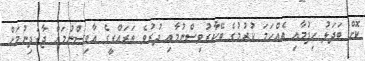
ކޮށް ބަދަލު ހިފުމާއި އެއްހަމަ ކުރުމުގެ ބޭކާރުވިސްނުމާއި ދުރުވެ ތަރައްގީގެ އާވިސްނުމަށް ޖާގަދިނުމަށް